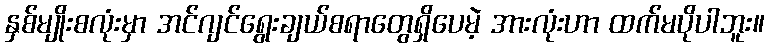
နှစ်မျိုးစလုံးမှာ အင်ဂျင်ရွေးချယ်စရာတွေရှိပေမဲ့ အားလုံးဟာ ထက်မပိုပါဘူး။